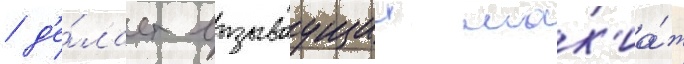
/ д'е́лает вызываущии мак'иа́ж